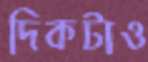
দিকটাও